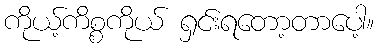
ကိုယ့်ကိစ္စကိုယ် ရှင်းရတော့တာပေါ့။